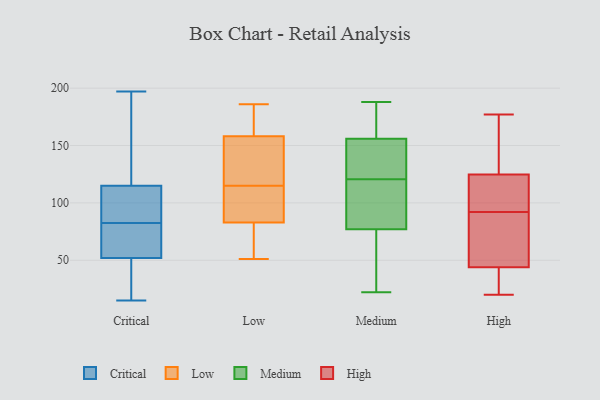
{"axis": {"x": "Headcount", "y": "Value"}, "legend": ["Critical", "High", "Low", "Medium"], "data": [{"x": "", "y": 52, "type": "Critical"}, {"x": "", "y": 136, "type": "Critical"}, {"x": "", "y": 15, "type": "Critical"}, {"x": "", "y": 77, "type": "Critical"}, {"x": "", "y": 115, "type": "Critical"}, {"x": "", "y": 84, "type": "Critical"}, {"x": "", "y": 27, "type": "Critical"}, {"x": "", "y": 197, "type": "Critical"}, {"x": "", "y": 81, "type": "Critical"}, {"x": "", "y": 88, "type": "Critical"}, {"x": "", "y": 77, "type": "Low"}, {"x": "", "y": 184, "type": "Low"}, {"x": "", "y": 89, "type": "Low"}, {"x": "", "y": 121, "type": "Low"}, {"x": "", "y": 109, "type": "Low"}, {"x": "", "y": 186, "type": "Low"}, {"x": "", "y": 101, "type": "Low"}, {"x": "", "y": 155, "type": "Low"}, {"x": "", "y": 154, "type": "Low"}, {"x": "", "y": 51, "type": "Low"}, {"x": "", "y": 60, "type": "Low"}, {"x": "", "y": 161, "type": "Low"}, {"x": "", "y": 142, "type": "Medium"}, {"x": "", "y": 151, "type": "Medium"}, {"x": "", "y": 77, "type": "Medium"}, {"x": "", "y": 96, "type": "Medium"}, {"x": "", "y": 156, "type": "Medium"}, {"x": "", "y": 29, "type": "Medium"}, {"x": "", "y": 22, "type": "Medium"}, {"x": "", "y": 181, "type": "Medium"}, {"x": "", "y": 188, "type": "Medium"}, {"x": "", "y": 75, "type": "Medium"}, {"x": "", "y": 185, "type": "Medium"}, {"x": "", "y": 149, "type": "Medium"}, {"x": "", "y": 99, "type": "Medium"}, {"x": "", "y": 79, "type": "Medium"}, {"x": "", "y": 89, "type": "High"}, {"x": "", "y": 92, "type": "High"}, {"x": "", "y": 135, "type": "High"}, {"x": "", "y": 177, "type": "High"}, {"x": "", "y": 117, "type": "High"}, {"x": "", "y": 20, "type": "High"}, {"x": "", "y": 82, "type": "High"}, {"x": "", "y": 168, "type": "High"}, {"x": "", "y": 127, "type": "High"}, {"x": "", "y": 36, "type": "High"}, {"x": "", "y": 34, "type": "High"}, {"x": "", "y": 118, "type": "High"}, {"x": "", "y": 91, "type": "High"}, {"x": "", "y": 167, "type": "High"}, {"x": "", "y": 65, "type": "High"}, {"x": "", "y": 104, "type": "High"}, {"x": "", "y": 29, "type": "High"}, {"x": "", "y": 108, "type": "High"}, {"x": "", "y": 37, "type": "High"}]}